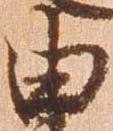
由